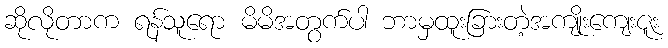
ဆိုလိုတာက ရန်သူရော မိမိအတွက်ပါ ဘာမှထူးခြားတဲ့အကျိုးကျေးဇူး